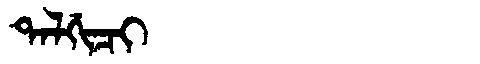
Manchu: ᡨᠠᠯᡤᡳᠴᡳ
Romanization: TALGICI